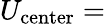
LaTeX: U_{\mathrm{center}}=